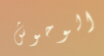
الوحوش